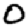
Digit: 0